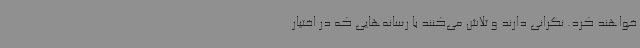
خواهند کرد. نگرانی دارند و تلاش می‌کنند با رسانه‌هایی که در اختیار